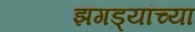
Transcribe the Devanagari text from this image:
झगड्यांच्या